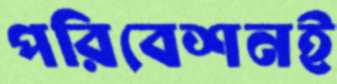
পরিবেশনই